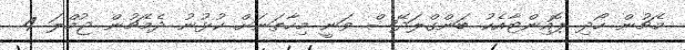
މެޗުން ހޯދި ޕޮއިންޓާއެކު ބަންގްލަދޭޝް ވަނީ މިހާތަނަށް ކުޅުނު ދެމެޗުން ޖުމްލަ 4